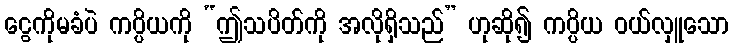
ငွေကိုမခံပဲ ကပ္ပိယကို “ဤသပိတ်ကို အလိုရှိသည်” ဟုဆို၍ ကပ္ပိယ ဝယ်လှူသော